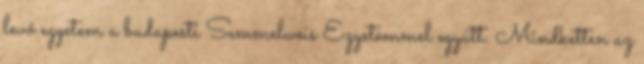
levő egyetem a budapesti Semmelweis Egyetemmel együtt. Mindketten az